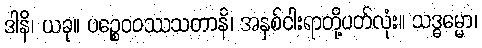
ဒါနိ၊ ယခု။ ပဉ္စေဝဝဿသတာနိ၊ အနှစ်ငါးရာတို့ပတ်လုံး။ သဒ္ဓမ္မော၊